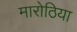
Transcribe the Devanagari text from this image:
मारोठिया